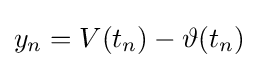
y_{n}=V(t_{n})-\vartheta (t_{n})